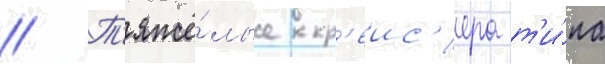
// Т'яжё́лые кр'еис'ера т'и́па